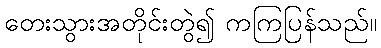
တေးသွားအတိုင်းတွဲ၍ ကကြပြန်သည်။